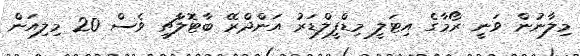
މިލާނުން ވަނީ ރޯމާގެ އިޓަލީ މިޑްފީލްޑަރު އަންދްރޭ ބާޓޮލާޗީ ވެސް 20 މިލިިއަން